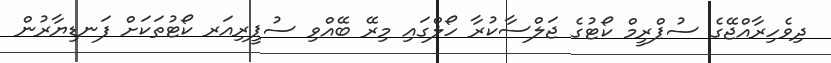
ދިވެހިރާއްޖޭގެ ސުޕްރީމް ކޯޓުގެ ޖަލްސާކުރާ ހޯލްގައި މިރޭ ބޭއްވި ސުޕީރިއަރ ކޯޓުތަކަށް ފަނޑިޔާރުން